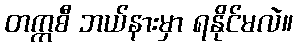
တက္ကစီ ဘယ်နားမှာ ရနိုင်မလဲ။